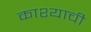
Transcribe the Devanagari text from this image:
काश्याची